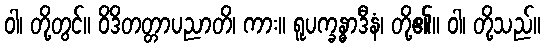
ဝါ၊ တို့တွင်။ ဝိဒိတတ္တာပညာတိ၊ ကား။ ရူပက္ခန္ဓာဒီနံ၊ တို့၏။ ဝါ၊ တို့သည်။